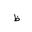
Letter: _za